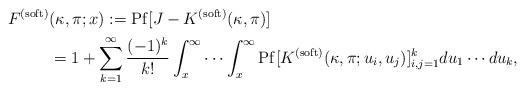
LaTeX: \begin{align*} F^{(\mathrm{soft})}&(\kappa,\pi;x):= \mathrm{Pf}[J- K^{(\mathrm{soft})}(\kappa, \pi)] \\ &=1+ \sum_{k=1} ^{\infty} \frac{(-1)^k}{k!}\int_{x}^{\infty} \cdots \int_{x}^{\infty} \mathrm{Pf}[ { K^{(\mathrm{soft})}(\kappa, \pi; u_i, u_j)}]_{i,j = 1}^{k} du_1 \cdots du_k, \end{align*}